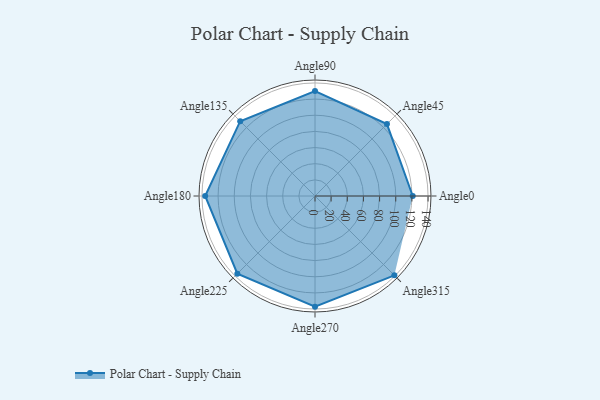
{"axis": {"x": "Angle", "y": "Radius"}, "legend": [""], "data": [{"x": "Angle0", "y": 121.0, "type": ""}, {"x": "Angle45", "y": 126.0, "type": ""}, {"x": "Angle90", "y": 130.0, "type": ""}, {"x": "Angle135", "y": 131.0, "type": ""}, {"x": "Angle180", "y": 136.0, "type": ""}, {"x": "Angle225", "y": 136.0, "type": ""}, {"x": "Angle270", "y": 137.0, "type": ""}, {"x": "Angle315", "y": 139.0, "type": ""}]}